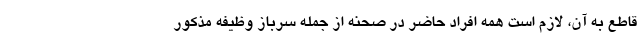
قاطع به آن، لازم است همه افراد حاضر در صحنه از جمله سرباز وظیفه مذکور